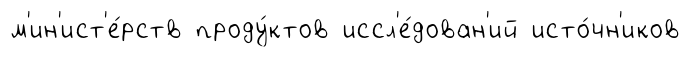
м'ин'ист'е́рств проду́ктов иссл'е́дован'ий исто́чн'иков